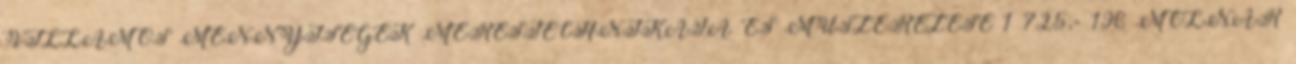
VILLAMOS MENNYISÉGEK MÉRÉSTECHNIKÁJA ÉS MŰSZEREZÉSE 1 725,- 196 MOLNÁR